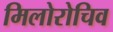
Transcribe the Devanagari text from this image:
मिलोरोचिव